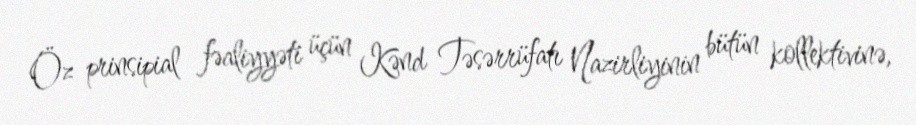
Öz prinsipial fəaliyyəti üçün Kənd Təsərrüfatı Nazirliyinin bütün kollektivinə,